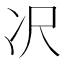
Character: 𪞚